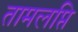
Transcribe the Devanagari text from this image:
तामलप्ति